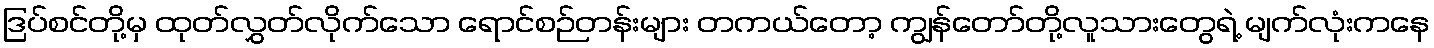
ဒြပ်စင်တို့မှ ထုတ်လွှတ်လိုက်သော ရောင်စဉ်တန်းများ တကယ်တော့ ကျွန်တော်တို့လူသားတွေရဲ့ မျက်လုံးကနေ